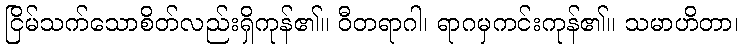
ငြိမ်သက်သောစိတ်လည်းရှိကုန်၏။ ဝီတရာဂါ၊ ရာဂမှကင်းကုန်၏။ သမာဟိတာ၊